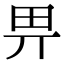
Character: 畀